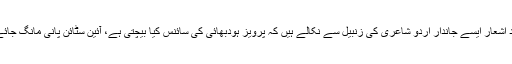
متعدد اشعار ایسے جاندار اردو شاعری کی زنبیل سے نکالے ہیں کہ پرویز ہودبھائی کی سائنس کیا بیچتی ہے، آئین سٹائن پانی مانگ جائے گا۔